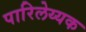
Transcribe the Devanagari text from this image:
पारिलेय्यक